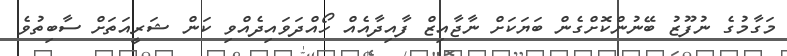
މަގާމުގެ ނުފޫޒު ބޭނުންކޮށްގެން ބަޔަކަށް ނާޖާއިޒް ފާއިދާއެއް ހޯއްދަވައިދެއްވި ކަން ޝަރީއަތަށް ސާބިތުވެ